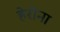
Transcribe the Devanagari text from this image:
हेरोना